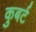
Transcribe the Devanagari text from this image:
कुबर्ट